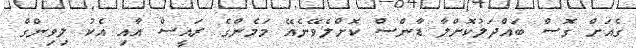
ގެއަށް ގޮސް ބައްދަލުކޮށްލާ ޑާންސް ކޮށްލެވޭނެއޭ މަމެންގެ ރައީސް އާއި އެކު ލިވިންގް